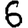
Digit: 6